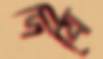
দিযে